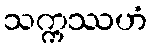
သက္ကဿဟံ